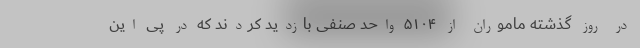
در روز گذشته ماموران از ۵۱۰۴ واحد صنفی بازدید کردند که در پی این